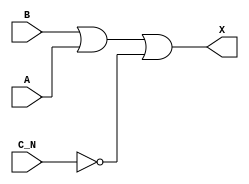
module sky130_fd_sc_hdll__or3b (
    X  ,
    A  ,
    B  ,
    C_N
);

    // Module ports
    output X  ;
    input  A  ;
    input  B  ;
    input  C_N;

    // Module supplies
    supply1 VPWR;
    supply0 VGND;
    supply1 VPB ;
    supply0 VNB ;

    // Local signals
    wire not0_out ;
    wire or0_out_X;

    //  Name  Output     Other arguments
    not not0 (not0_out , C_N            );
    or  or0  (or0_out_X, B, A, not0_out );
    buf buf0 (X        , or0_out_X      );

endmodule